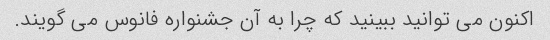
اکنون می توانید ببینید که چرا به آن جشنواره فانوس می گویند.